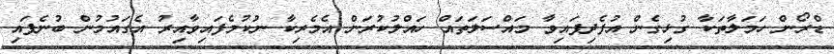
ޑްރޯން ހަމަލާތަކާ ގުޅިގެން އުފެދިފައިވާ މައްސަލަތައް ހައްލުކުރަން އެމެރިކާ ނުކުމެފައިވާއިރު އެގައުމުން ބުނެފައި